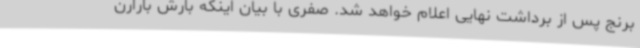
برنج پس از برداشت نهایی اعلام خواهد شد. صفری با بیان اینکه بارش بارارن